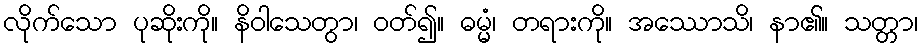
လိုက်သော ပုဆိုးကို။ နိဝါသေတွာ၊ ဝတ်၍။ ဓမ္မံ၊ တရားကို။ အဿောသိ၊ နာ၏။ သတ္တာ၊